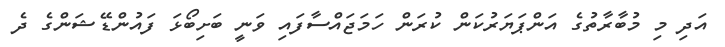
އަދި މި މުބާރާތުގެ އަންޕަޔަރުކަން ކުރަން ހަމަޖައްސާފައި ވަނީ ބަށިބޯޅަ ފައުންޑޭޝަންގެ ދެ